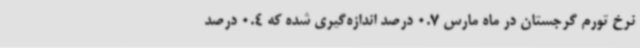
نرخ تورم گرجستان در ماه مارس 0.7 درصد اندازه‌گیری شده که 0.4 درصد